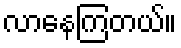
လာနေကြတယ်။